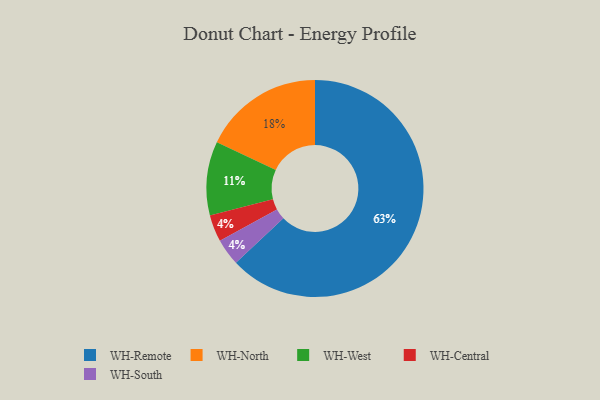
{"axis": {"x": "Category", "y": "Percentage"}, "legend": ["WH-Central", "WH-North", "WH-Remote", "WH-South", "WH-West"], "data": [{"x": "WH-Remote", "y": 63, "type": "WH-Remote"}, {"x": "WH-North", "y": 18, "type": "WH-North"}, {"x": "WH-Central", "y": 4, "type": "WH-Central"}, {"x": "WH-South", "y": 4, "type": "WH-South"}, {"x": "WH-West", "y": 11, "type": "WH-West"}]}